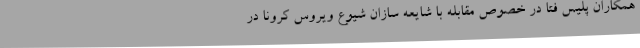
همکاران پلیس فتا در خصوص مقابله با شایعه سازان شیوع ویروس کرونا در